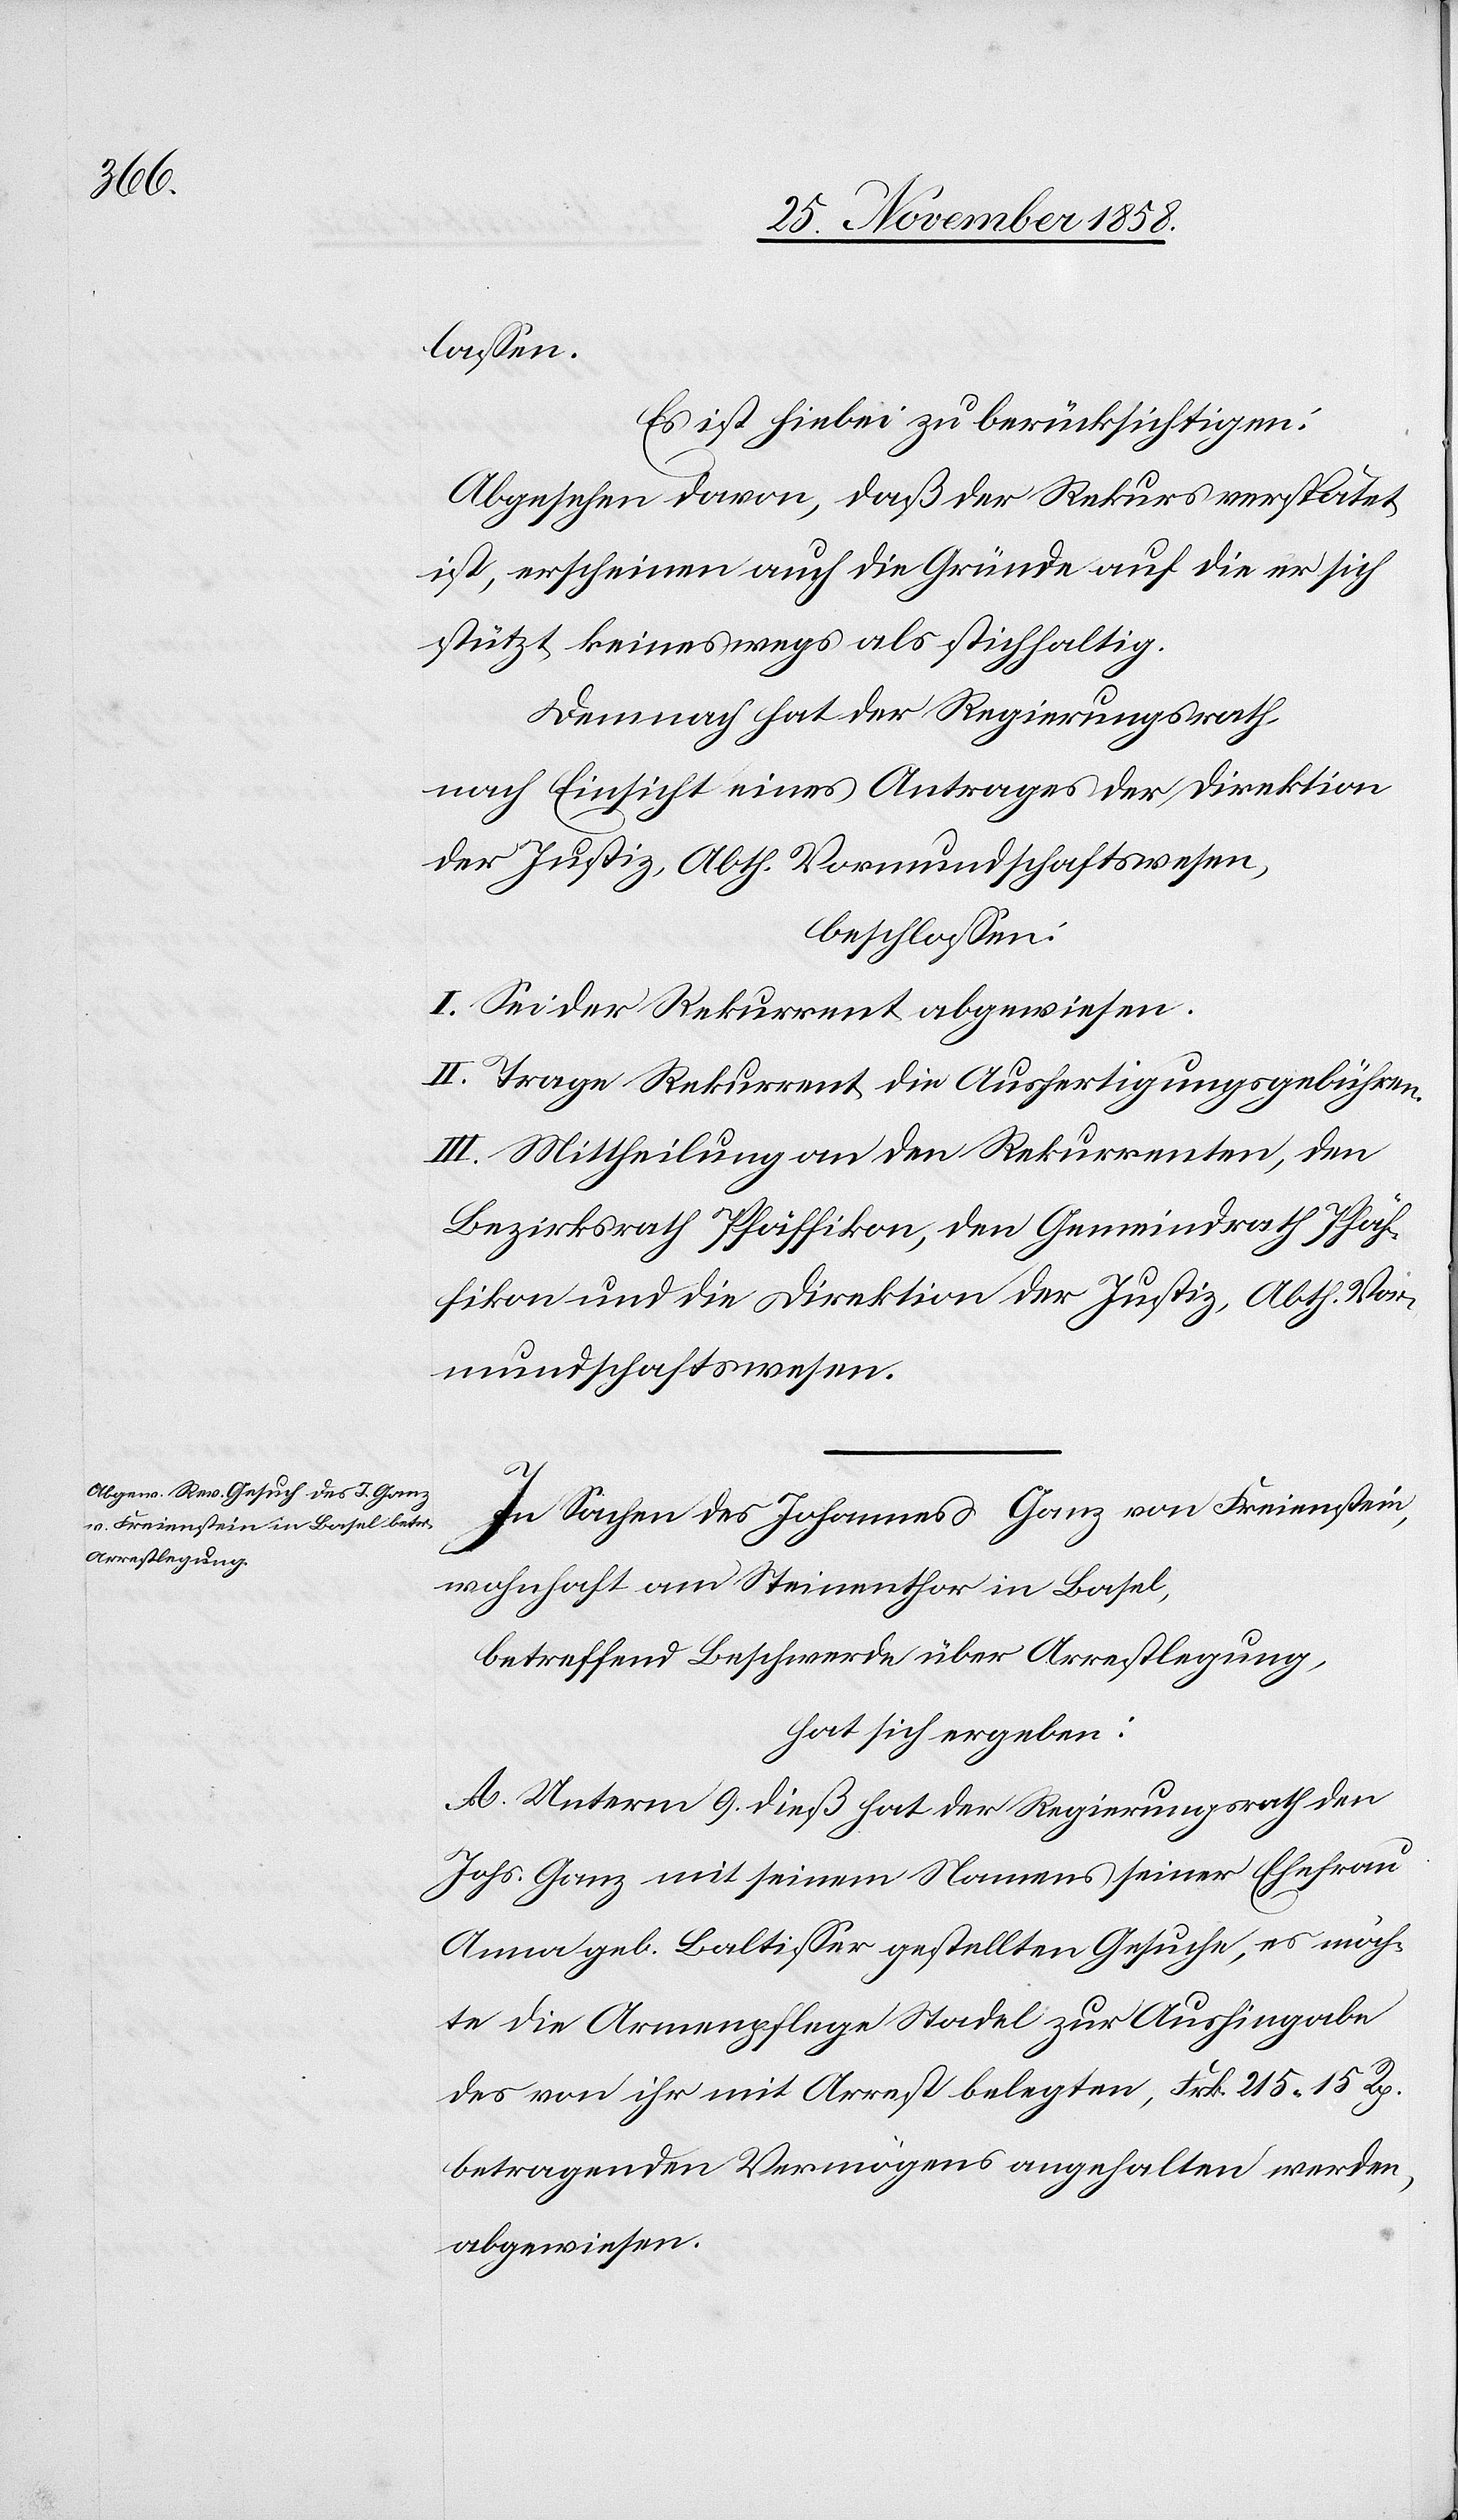
lassen.
Es ist hiebei zu berücksichtigen:
Abgesehen davon, daß der Rekurs verspätet
ist, erscheinen auch die Gründe auf die er sich
stützt keineswegs als stichhaltig.
Demnach hat der Regierungsrath,
nach Einsicht eines Antrages der Direktion
der Justiz, Abth. Vormundschaftswesen,
beschlossen:
I. Sei der Rekurrent abgewiesen.
II. Trage Rekurrent die Ausfertigungsgebühren.
III. Mittheilung an den Rekurrenten, den
Bezirksrath Pfäffikon, den Gemeindrath Pfäf¬
fikon und die Direktion der Justiz, Abth. Vor¬
mundschaftswesen.
In Sachen des Johannes Ganz von Freienstein,
wohnhaft am Steinenthor in Basel,
betreffend Beschwerde über Arrestlegung,
hat sich ergeben:
A. Unterm 9. dieß hat der Regierungsrath den
Johs. Ganz mit seinem Namens seiner Ehefrau
Anna geb. Baltisser gestellten Gesuche, es möch¬
te die Armenpflege Stadel zur Aushingabe
des von ihr mit Arrest belegten, Frk. 215 15 Rp.
betragenden Vermögens angehalten werden,
abgewiesen.